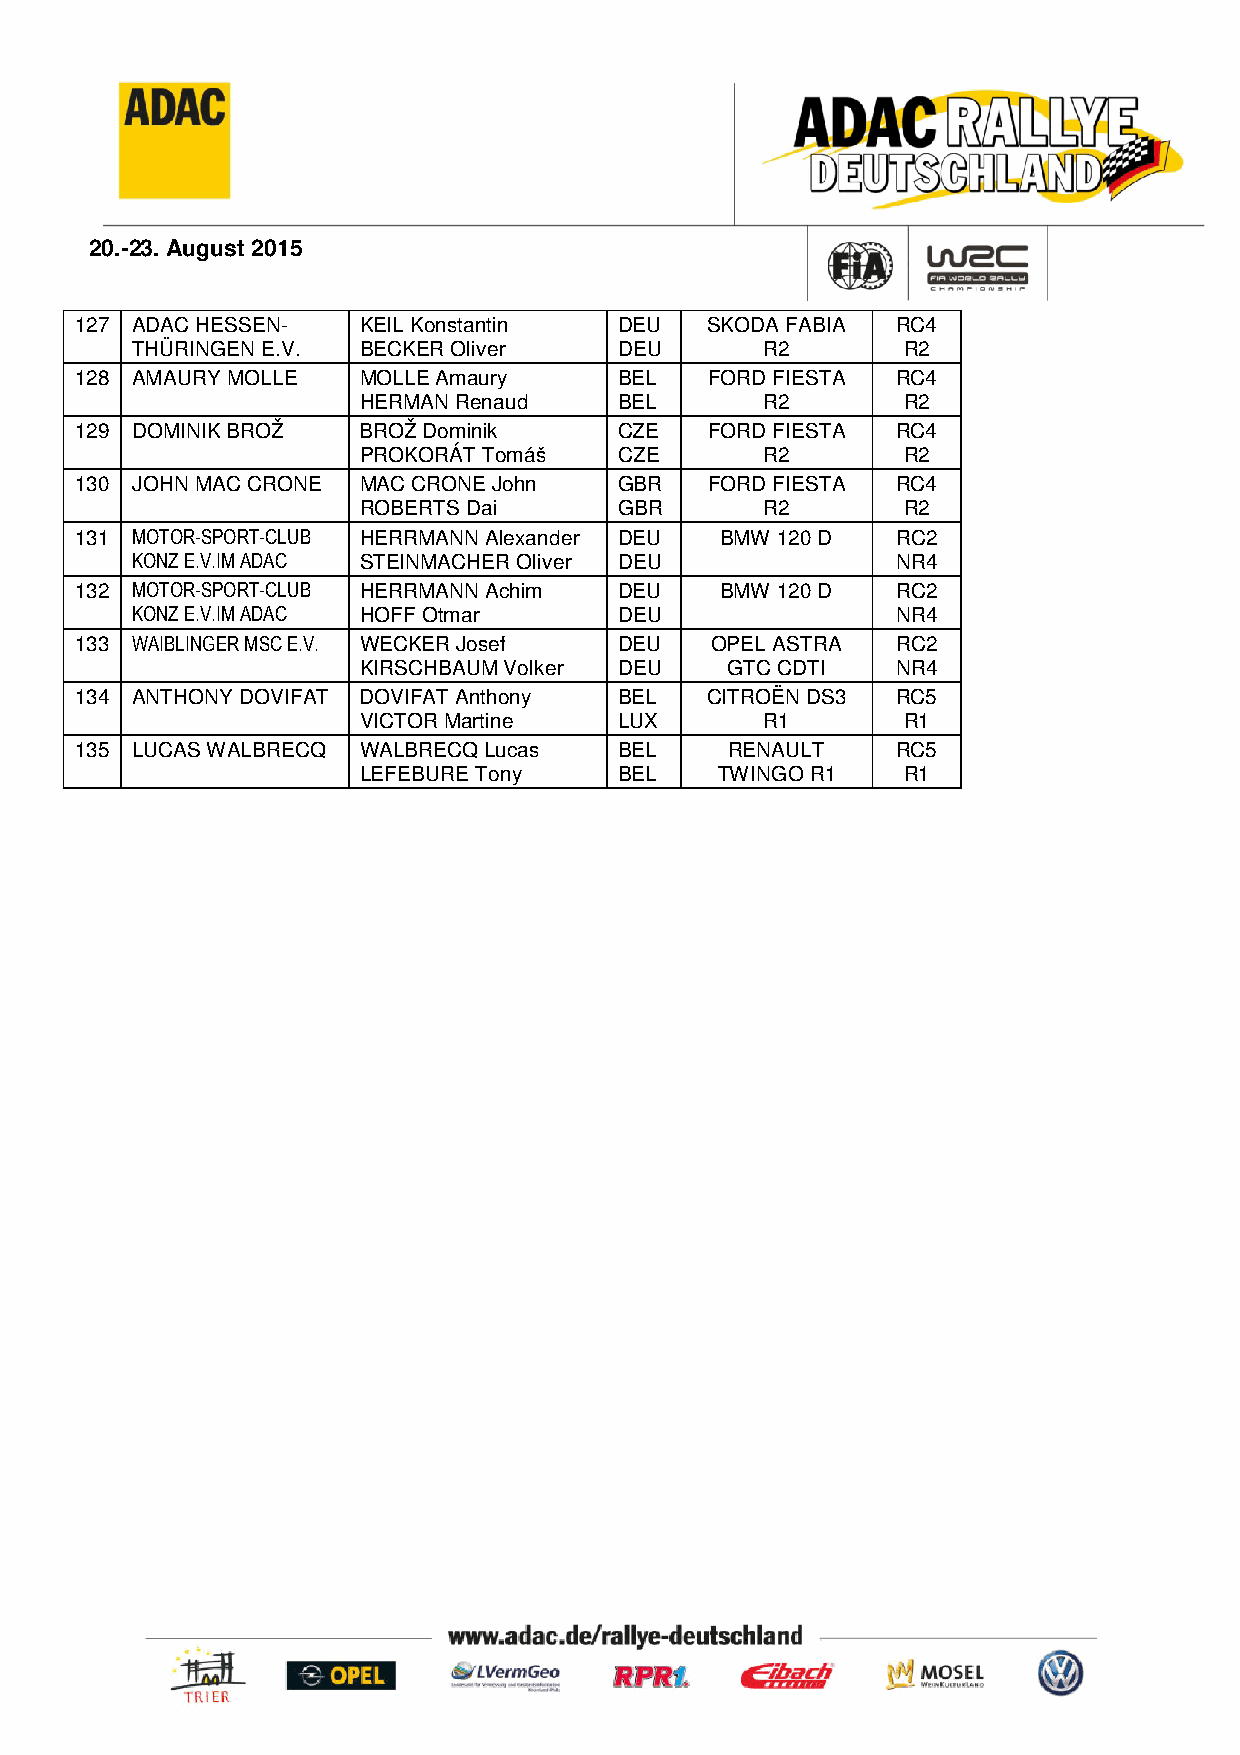
20.-23. August 2015
 127 ADAC HESSEN-   KEIL Konstantin  DEU   SKODA FABIA RC4
 THÜRINGEN E.V. BECKER Oliver    DEU       R2       R2
 128 AMAURY MOLLE   MOLLE Amaury     BEL   FORD FIESTA RC4
 HERMAN Renaud    BEL       R2       R2
 129 DOMINIK BROŽ   BROŽ Dominik     CZE   FORD FIESTA RC4
 PROKORÁT Tomáš   CZE       R2       R2
 130 JOHN MAC CRONE MAC CRONE John   GBR   FORD FIESTA RC4
 ROBERTS Dai      GBR       R2       R2
 131 MOTOR-SPORT-CLUB HERRMANN Alexander DEU BMW 120 D RC2
 KONZ E.V.IM ADAC STEINMACHER Oliver DEU           NR4
 132 MOTOR-SPORT-CLUB HERRMANN Achim DEU    BMW 120 D  RC2
 KONZ E.V.IM ADAC HOFF Otmar     DEU               NR4
 133 WAIBLINGER MSC E.V. WECKER Josef DEU  OPEL ASTRA  RC2
 KIRSCHBAUM Volker DEU   GTC CDTI   NR4
 134 ANTHONY DOVIFAT DOVIFAT Anthony BEL   CITROËN DS3 RC5
 VICTOR Martine   LUX       R1       R1
 135 LUCAS WALBRECQ WALBRECQ Lucas   BEL    RENAULT    RC5
 LEFEBURE Tony    BEL    TWINGO R1   R1